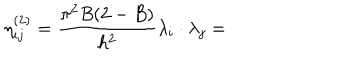
\eta _ { i j } ^ { ( 2 ) } = \frac { \pi ^ { 2 } B ( 2 - B ) } { h ^ { 2 } } \lambda _ { i } \cdot \lambda _ { j } =